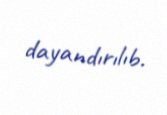
dayandırılıb.